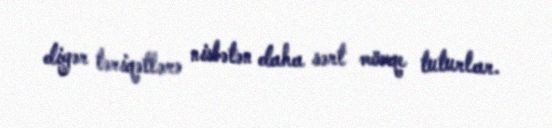
digər təriqətlərə nisbətən daha sərt mövqe tuturlar.